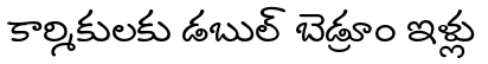
కార్మికులకు డబుల్ బెడ్రూం ఇళ్లు